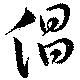
倡